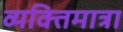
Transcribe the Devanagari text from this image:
व्यक्तिमात्रा